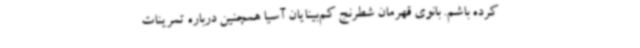
کرده باشم. بانوی قهرمان شطرنج کم‌بینایان آسیا همچنین درباره تمرینات